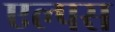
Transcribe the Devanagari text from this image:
एल्पस